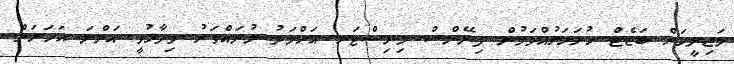
މަޖިލީހަށް ބަޖެޓް ހުށަހަޅުއްވަމުން ފިނޭންސް މިނިސްޓަރ އަހްމަދު މުނައްވަރު ވިދާޅުވީ އަންނަ އަހަރަށް